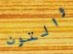
والتون